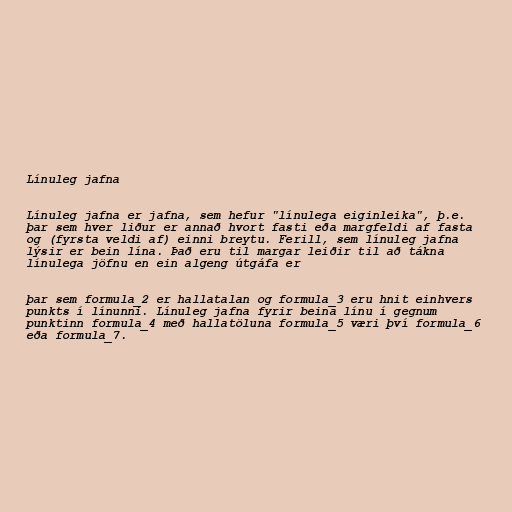
Línuleg jafna

Línuleg jafna er jafna, sem hefur "línulega eiginleika", þ.e.
þar sem hver liður er annað hvort fasti eða margfeldi af fasta
og (fyrsta veldi af) einni breytu. Ferill, sem línuleg jafna
lýsir er bein lína. Það eru til margar leiðir til að tákna
línulega jöfnu en ein algeng útgáfa er

þar sem formula_2 er hallatalan og formula_3 eru hnit einhvers
punkts í línunni. Línuleg jafna fyrir beina línu í gegnum
punktinn formula_4 með hallatöluna formula_5 væri því formula_6
eða formula_7.